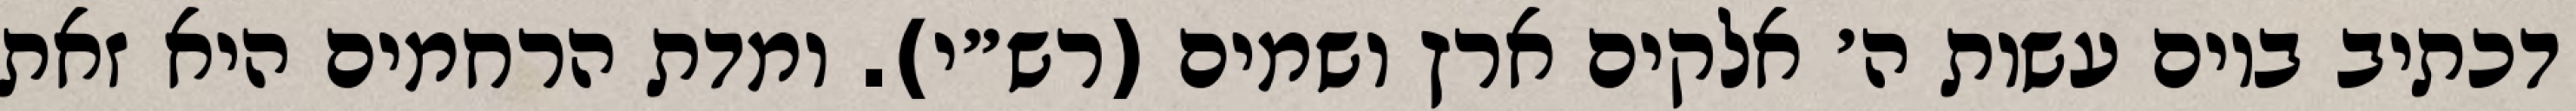
דכתיב ביום עשות ה׳ אלקים ארץ ושמים (רש״י). ומדת הרחמים היא זאת